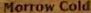
Morrow Cold